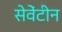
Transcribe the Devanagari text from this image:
सेवेंटीन